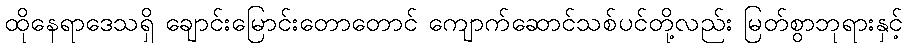
ထိုနေရာဒေသရှိ ချောင်းမြောင်းတောတောင် ကျောက်ဆောင်သစ်ပင်တို့လည်း မြတ်စွာဘုရားနှင့်